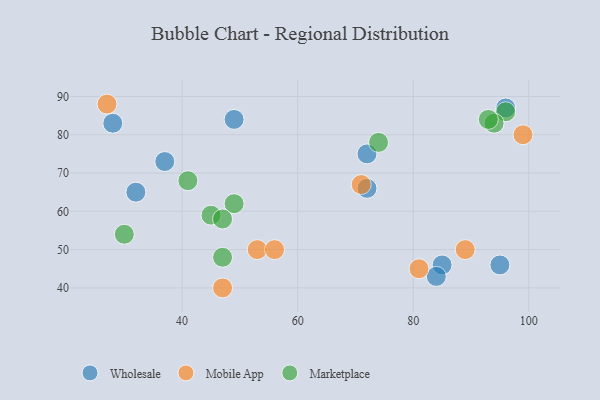
{"axis": {"x": "GDP", "y": "Life Expectancy"}, "legend": ["Marketplace", "Mobile App", "Wholesale"], "data": [{"x": "96", "y": 87, "type": "Wholesale"}, {"x": "37", "y": 73, "type": "Wholesale"}, {"x": "28", "y": 83, "type": "Wholesale"}, {"x": "32", "y": 65, "type": "Wholesale"}, {"x": "85", "y": 46, "type": "Wholesale"}, {"x": "95", "y": 46, "type": "Wholesale"}, {"x": "72", "y": 75, "type": "Wholesale"}, {"x": "72", "y": 66, "type": "Wholesale"}, {"x": "49", "y": 84, "type": "Wholesale"}, {"x": "84", "y": 43, "type": "Wholesale"}, {"x": "53", "y": 50, "type": "Mobile App"}, {"x": "81", "y": 45, "type": "Mobile App"}, {"x": "71", "y": 67, "type": "Mobile App"}, {"x": "56", "y": 50, "type": "Mobile App"}, {"x": "47", "y": 40, "type": "Mobile App"}, {"x": "27", "y": 88, "type": "Mobile App"}, {"x": "89", "y": 50, "type": "Mobile App"}, {"x": "99", "y": 80, "type": "Mobile App"}, {"x": "30", "y": 54, "type": "Marketplace"}, {"x": "96", "y": 86, "type": "Marketplace"}, {"x": "49", "y": 62, "type": "Marketplace"}, {"x": "74", "y": 78, "type": "Marketplace"}, {"x": "45", "y": 59, "type": "Marketplace"}, {"x": "94", "y": 83, "type": "Marketplace"}, {"x": "47", "y": 48, "type": "Marketplace"}, {"x": "41", "y": 68, "type": "Marketplace"}, {"x": "47", "y": 58, "type": "Marketplace"}, {"x": "93", "y": 84, "type": "Marketplace"}]}